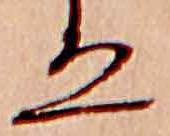
ゑ